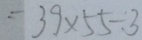
= 3 9 \times 5 5 \div 3